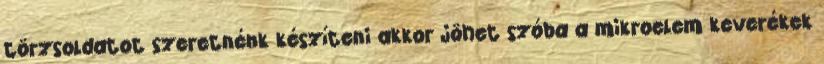
törzsoldatot szeretnénk készíteni akkor jöhet szóba a mikroelem keverékek